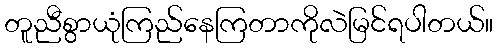
တူညီစွာယုံကြည်နေကြတာကိုလဲမြင်ရပါတယ်။